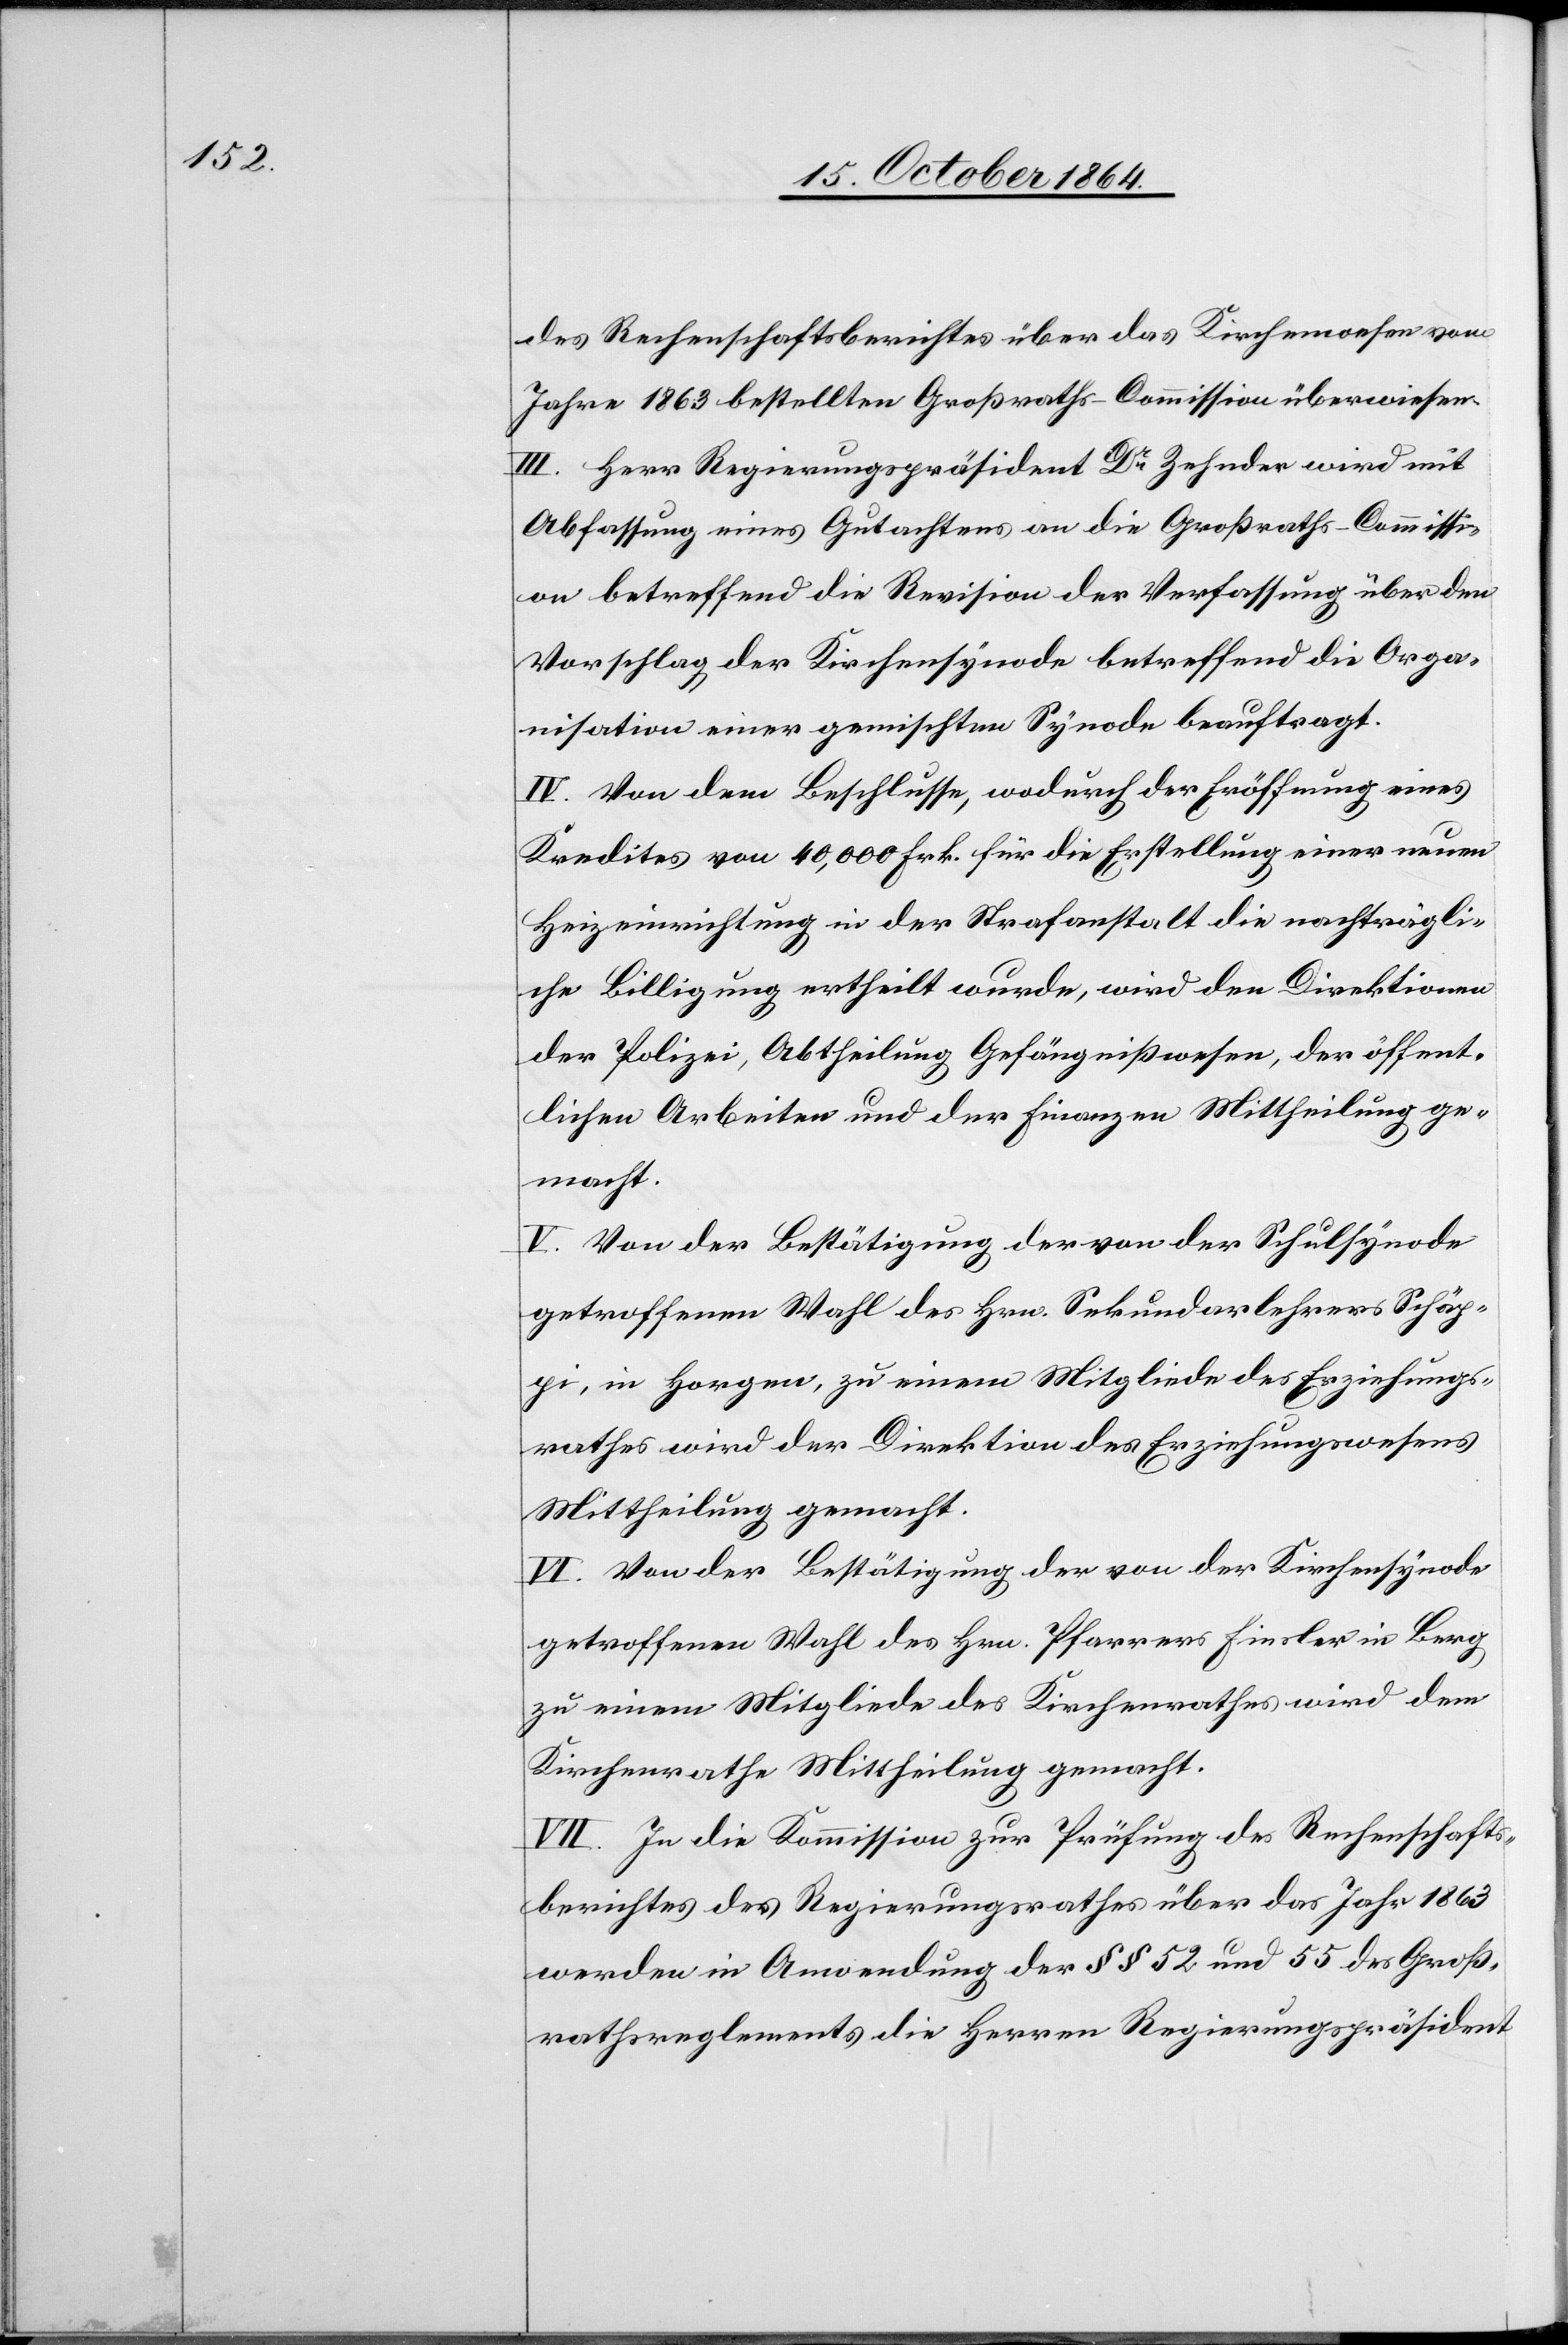
des Rechenschaftsberichtes über das Kirchenwesen vom
Jahre 1863 bestellten Großraths-Commission überwiesen.
III. Herr Regierungspräsident Dr Zehnder wird mit
Abfassung eines Gutachtens an die Großraths-Commissi¬
on betreffend die Revision der Verfassung über den
Vorschlag der Kirchensynode betreffend die Orga¬
nisation einer gemischten Synode beauftragt.
IV. Von dem Beschlusse, wodurch der Eröffnung eines
Kredites von 40,000 Frk. für die Erstellung einer neuen
Heizeinrichtung in der Strafanstalt die nachträgli¬
che Billigung ertheilt wurde, wird den Direktionen
der Polizei, Abtheilung Gefängnißwesen, der öffent¬
lichen Arbeiten und der Finanzen Mittheilung ge¬
macht.
V. Von der Bestätigung der von der Schulsynode
getroffenen Wahl des Hrn. Sekundarlehrers Schäp¬
pi, in Horgen, zu einem Mitgliede des Erziehungs¬
rathes wird der Direktion des Erziehungswesens
Mittheilung gemacht.
VI. Von der Bestätigung der von der Kirchensynode
getroffenen Wahl des Hrn. Pfarrers Finsler in Berg
zu einem Mitgliede des Kirchenrathes wird dem
Kirchenrathe Mittheilung gemacht.
VII. In die Kommission zur Prüfung des Rechenschafts¬
berichtes des Regierungsrathes über das Jahr 1863
werden in Anwendung der §§ 52 und 55 des Groß¬
rathsreglements die Herren Regierungspräsident